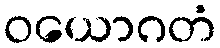
ဝယောဂတံ